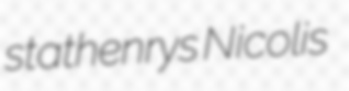
stathenrys Nicolis